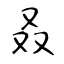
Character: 叒